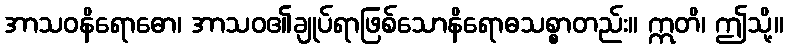
အာသဝနိရောဓော၊ အာသဝ၏ချုပ်ရာဖြစ်သောနိရောဓသစ္စာတည်း။ ဣတိ၊ ဤသို့။